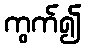
ကွက်၍